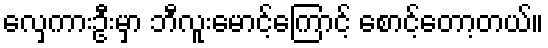
လှေကားဦးမှာ ဘီလူးမောင့်ကြောင့် စောင့်တော့တယ်။